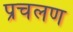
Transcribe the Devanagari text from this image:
प्रचलण